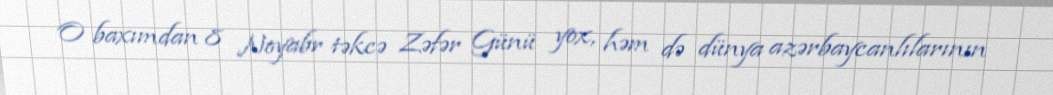
O baxımdan 8 Noyabr təkcə Zəfər Günü yox, həm də dünya azərbaycanlılarının